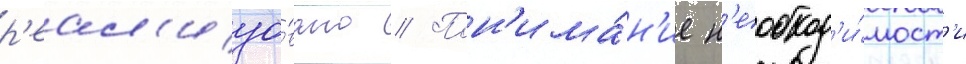
р'еал'изо́вано // Пон'има́н'ие н'еобход'и́мост'и